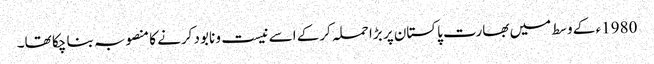
1980ء کے وسط میں بھارت پاکستان پر بڑا حملہ کرکے اسے نیست و نابود کرنے کا منصوبہ بنا چکا تھا۔